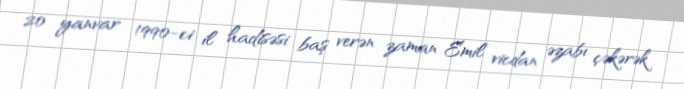
20 yanvar 1990-ci il hadisəsi baş verən zaman Emil vicdan əzabı çəkərək